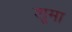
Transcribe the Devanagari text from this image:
शूमा